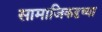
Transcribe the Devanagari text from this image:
सामाजिकदृष्या